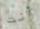
أنت